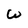
Character: w